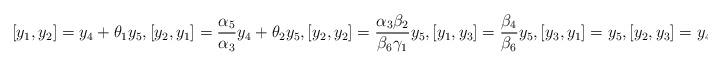
LaTeX: \begin{align*}[y_1, y_2]=y_4+\theta_1y_5, [y_2, y_1]=\frac{\alpha_5}{\alpha_3}y_4+\theta_2y_5, [y_2, y_2]=\frac{\alpha_3\beta_2}{\beta_6\gamma_1}y_5, [y_1, y_3]=\frac{\beta_4}{\beta_6}y_5, [y_3, y_1]=y_5, [y_2, y_3]=y_4.\end{align*}